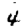
Digit: 4